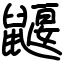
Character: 鼴